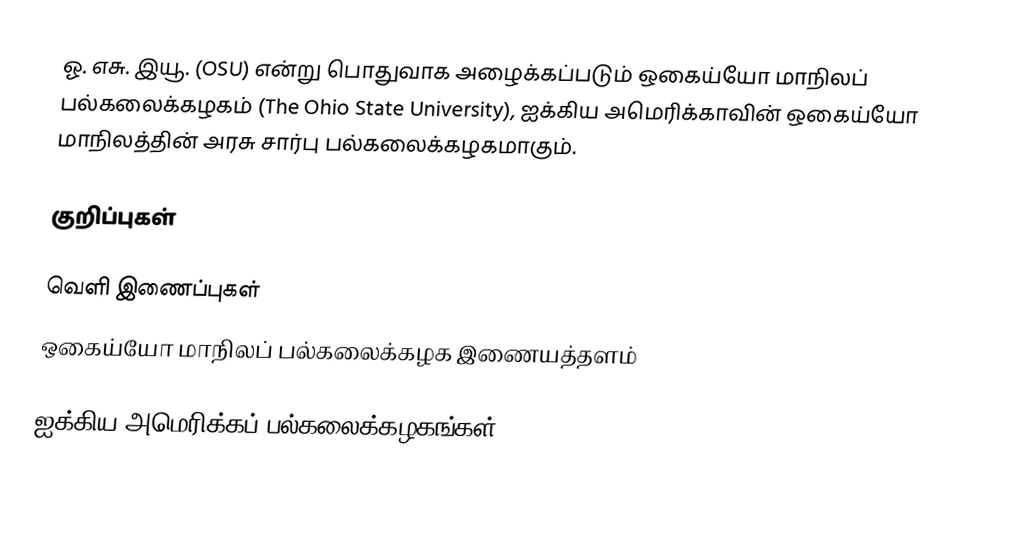
ஓ. எசு. இயூ. (OSU) என்று பொதுவாக அழைக்கப்படும் ஒகைய்யோ மாநிலப் பல்கலைக்கழகம் (The Ohio State University), ஐக்கிய அமெரிக்காவின் ஒகைய்யோ மாநிலத்தின் அரசு சார்பு பல்கலைக்கழகமாகும்.

குறிப்புகள்

வெளி இணைப்புகள்
 ஒகைய்யோ மாநிலப் பல்கலைக்கழக இணையத்தளம்

ஐக்கிய அமெரிக்கப் பல்கலைக்கழகங்கள்